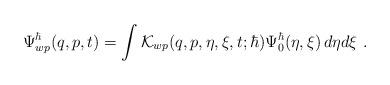
LaTeX: \begin{align*}\Psi^\hbar_{wp}(q,p,t)=\int\mathcal{K}_{wp}(q,p,\eta,\xi,t;\hbar)\Psi^\hbar_0(\eta,\xi)\, d\eta d\xi \ .\end{align*}